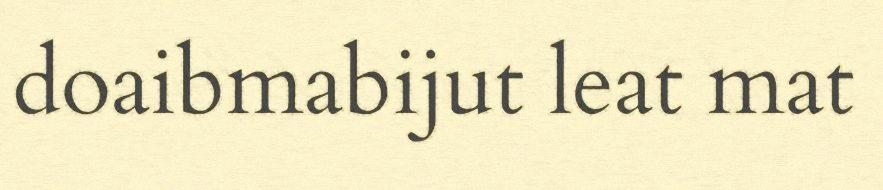
doaibmabijut leat mat